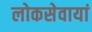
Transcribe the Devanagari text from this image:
लोकसेवायां